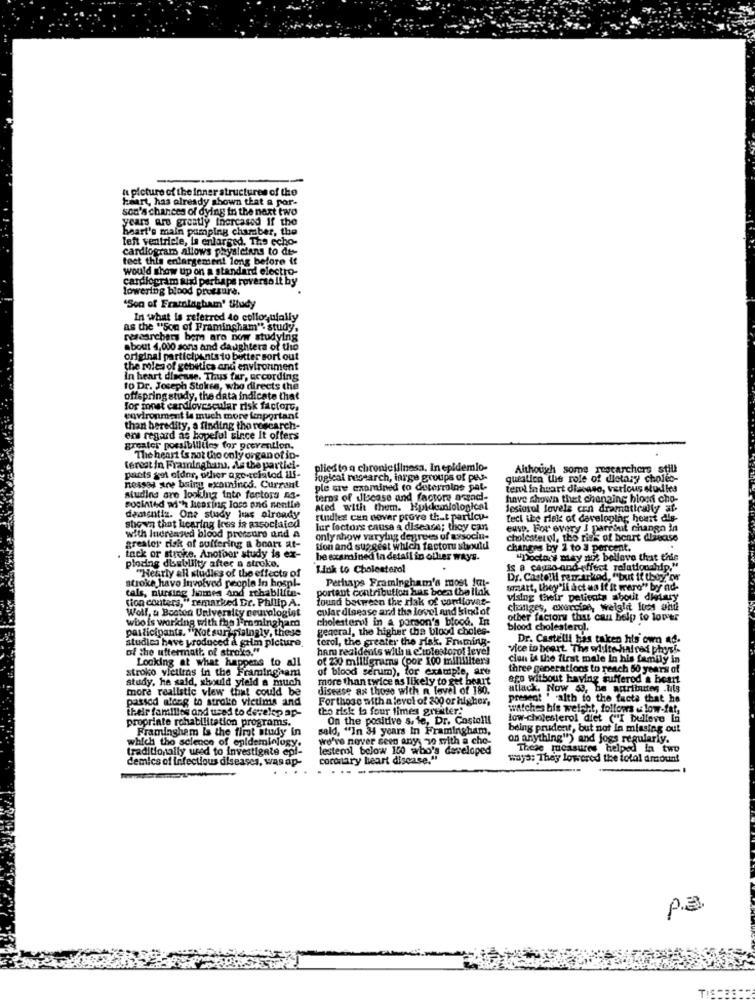
A picture of the inner structures of the
heart, has already shown that a por-
soo's chances of dying in the next two
years are greatly thercased if the
heart's main pumping chamber, the
left ventricle, la enlarged. The echo-
cardiogram allows physicians to des
tect this enlargement long before it
would show up on a standard electro-
cardiogram Ridi perhaps roverso it by
lowering blood pressure.
"Son of Framingham' titudy
In what is referred to collozufally
as the "Son of Framingham" study.
researchers bem are now studying
about 4,000 sons and daughters of the
original participants to butter sort out
the roles of genetics and environment
In heart disease. Thus far, according
to Dr. Joseph Stokes, who directs the
offspringstudy, the data indicate that
for innst cardlovescular risk factors,
environment is much more important
than heredity, a finding tho roscarch-
ers regard as hopeful since It offers
greater possibilities for prevention.
The heart is not the only organ of in-
terat in Framingham, As the partiel-
plied to a chronicilinesa, In epidemio-
Although some researchers still
pants get older, wher age tchatod ilf-
logical research, large groups of pes-
queation the role of dietary cholec-
nesses are being exomninod. Currant
ple are examined to determine pat-
temi in heart diacaso, various studies
studins are looking into factors as-
teros of ulecase and factore acrad-
have shown that chanaing bloof cho-
socinted with hearing loss and nentie
ated with them. Hplckuniological
Jesiorol lovels con dramatically af.
damientiz. One study has already
susdies can nover prove that particu.
tect ice risk of developing heart dis-
shown that hearing Ires is associated
with Increased blood pressure and A
lur loctors causa a disease; they can
eusp. For every J parcout changa in
only show varying degrees of associu-
cholesterol, the risk of benrt dliecase
greater risk of suffering a beatt at-
Sion and suggest which factoru should
changes by 1 to 3 percent.
tack or stroke. Another study is ex-
be examined In detail in other ways.
"Doctors may nz bollave that this
plocing disability after n struke.
"Nearly all studies of the effects of
Link to Cholesterol
is a cagno and effect relationship."
stroke havo involved people In hosp !-
Perhaps Framingham's most fat-
Dr. Castelli remarkod, "but if they're
tals, nursing homes and rthablifte-
portant contribution has been the ilak
smatt, they'll act us if it were" by nd-
tion contera, "remarked Dr. Philip A.
found between the rlak of comlovas-
Vising their patients about dietary
Wolf, a Boston University neurologist
cular disease ard the lovel and kind of
changes, exercice, weight Ites and
who is working with the I-romingham
cholesterol in a parson's blood. In
other factory that can help to lower
participants. "Not sur sialngly, these
geacral, the higher the blood choles-
blood cholesterol.
studies have produced A grim picture
terol, the greater the risk. Fruming-
Dr. Castelli has taken his own ad.
of the aftermath of straks."
ham residents with a c'rolestorof level
vice to heart The wd:ite-haired physi-
Looking at what happens to all
of 230 milligrams (por 100 milliliters
clan is the first male In his family in
stroko vietiens in the Framingham
of blood serum), for example, are
three generations to reach 50 years of
study, he said, should yield a much
more than twice as likely to get beart
ago without having sufferod a heart
more realistic view that could be
disease ax those with n level of 180.
allack, Now 53, be apritnites .tils
passed along to stroko victims and
For those with a level of 200 or higher,
present " alth to the facts that he
their families and used to develop ap-
tho risk to four times greater.
watches his weight, follows @ low-fat,
propriate rehabilitation programs.
On the positive s. le, Dr. Castelli
low-cholesterol diet ("I believe In
Framingham Is the first study in
sald, "In 34 years In Framingham,
being prudent, but not In missing out
which the science of epidemiology.
we've never seen any, 30 with a che-
on anything") and jogs regularly.
traditionally used to investigate epi-
lesterol below 100 who's developed
These measures helped in two
demics of infectious diseases, was ap-
coronary heart disease."
ways: They lowered the total amount
P.a.
TIS